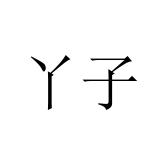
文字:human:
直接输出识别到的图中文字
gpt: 丫子